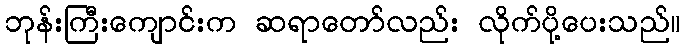
ဘုန်းကြီးကျောင်းက ဆရာတော်လည်း လိုက်ပို့ပေးသည်။